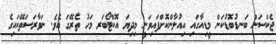
ޖެކްސަން ބަނޑުބޮޑުކަން މީޑިއާގައި އިއުލާންކޮށްފައިވަނީ މިދިޔަ އޮކްޓޯބަރ މަހު ތެރޭގަ އެވެ. ނަވާރަސަތޭކައިގެ